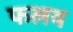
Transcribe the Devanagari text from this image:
फलव